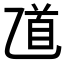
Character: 𠃺